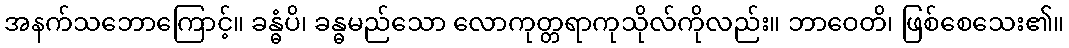
အနက်သဘောကြောင့်။ ခန္ဓံပိ၊ ခန္ဓမည်သော လောကုတ္တရာကုသိုလ်ကိုလည်း။ ဘာဝေတိ၊ ဖြစ်စေသေး၏။